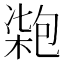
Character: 𠣺